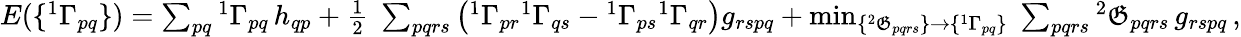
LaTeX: \begin{array}{r}{E(\{ ^{1}\Gamma_{pq}\} )=\sum_{pq}{^{1}\Gamma}_{pq}\, h_{qp}+\frac{1}{2}\; \sum_{pqrs}\left({^{1}\Gamma_{pr}}{^{1}\Gamma_{qs}}-{^{1}\Gamma_{ps}}{^{1}\Gamma_{qr}}\right)g_{rspq}+\operatorname*{min}_{\{ {^{2}\mathfrak{G}_{pqrs}}\} \to\{ ^{1}\Gamma_{pq}\} }\; \sum_{pqrs}{^{2}\mathfrak{G}_{pqrs}}\, g_{rspq}\, ,}\end{array}